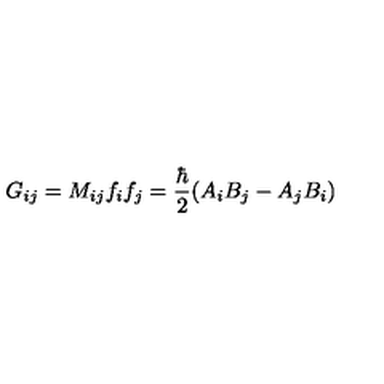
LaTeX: G _ { i j } = M _ { i j } f _ { i } f _ { j } = \frac { \hbar } { 2 } ( A _ { i } B _ { j } - A _ { j } B _ { i } )